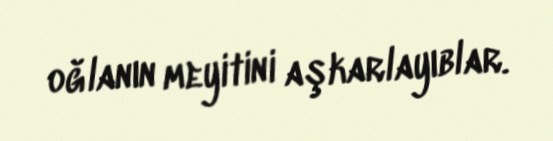
oğlanın meyitini aşkarlayıblar.